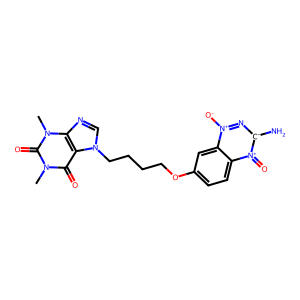
SMILES: Cn1c(=O)c2c(ncn2CCCCOc2ccc3c(c2)[n+]([O-])n[c-](N)[n+]3=O)n(C)c1=O
Inhibits HIV replication: No